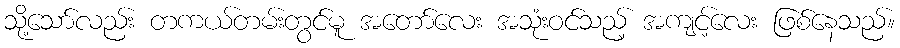
သို့သော်လည်း တကယ်တမ်းတွင်မူ အတော်လေး အသုံးဝင်သည့် အကျင့်လေး ဖြစ်နေသည်။